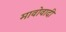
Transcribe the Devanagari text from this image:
मावोवादी